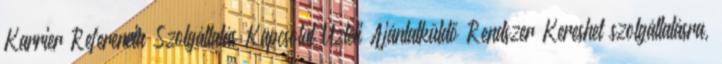
Karrier Referencia Szolgáltatás Kapcsolat Üzleti Ajánlatküldő Rendszer Kereshet szolgáltatásra,